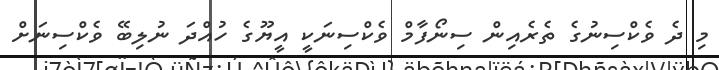
މި ދެ ވެކްސިނުގެ ތެރެއިން ސިނޯފާމް ވެކްސިނަކީ އީޔޫގެ ހުއްދަ ނުލިބޭ ވެކްސިނަށް